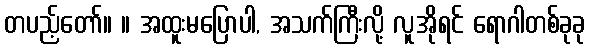
တပည့်တော်။ ။ အထူးမပြောပါ, အသက်ကြီးလို့ လူအိုရင် ရောဂါတစ်ခုခု